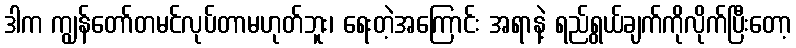
ဒါက ကျွန်တော်တမင်လုပ်တာမဟုတ်ဘူး၊ ရေးတဲ့အကြောင်း အရာနဲ့ ရည်ရွယ်ချက်ကိုလိုက်ပြီးတော့